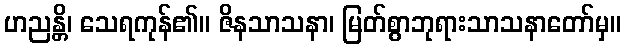
ဟညန္တိ၊ သေရကုန်၏။ ဇိနသာသနာ၊ မြတ်စွာဘုရားသာသနာတော်မှ။